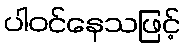
ပါဝင်နေသဖြင့်